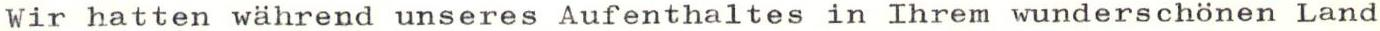
Wir hatten während unseres Aufenthaltes in Ihrem wunderschönen Land